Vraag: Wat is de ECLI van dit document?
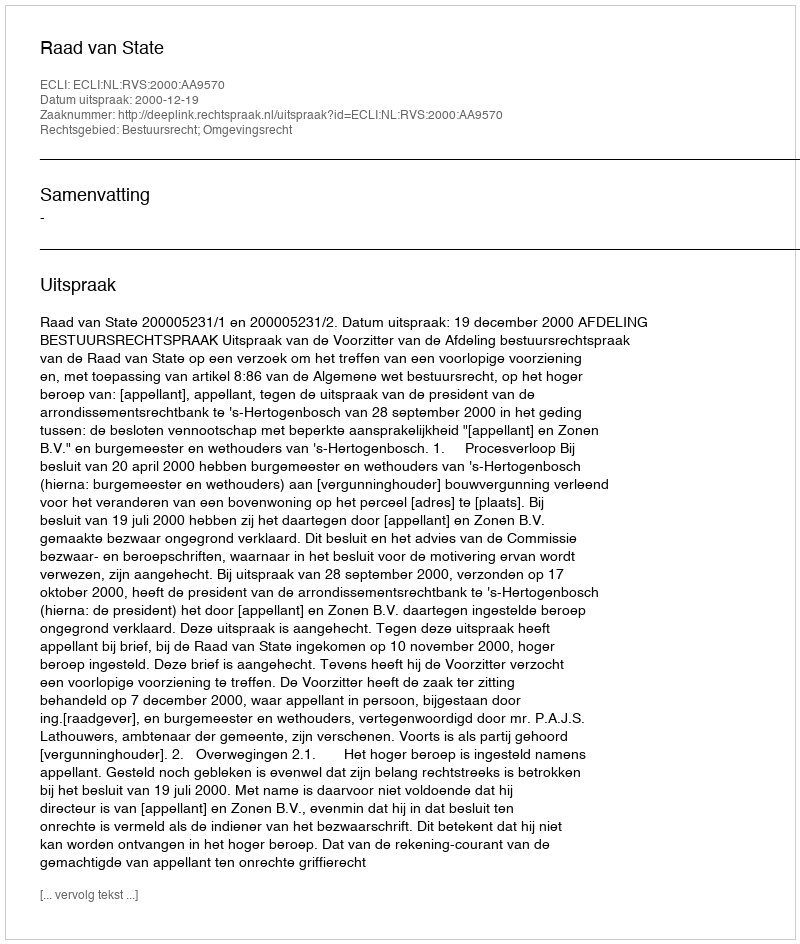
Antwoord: ECLI:NL:RVS:2000:AA9570